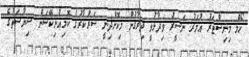
ހޯމް މިނިސްޓަރު އުމަރު ނަސީރު ވިދާޅުވީ ދިރާގުން މިކޮށްދިނީ ސަރުކާރުގެ ކޮމިއުނިކޭޝަން ސިޔާސަތުގެ